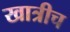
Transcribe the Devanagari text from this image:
खात्रीच